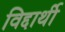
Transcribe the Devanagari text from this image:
विद्दार्थी